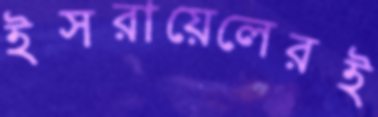
ইসরায়েলেরই